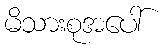
မိသားစုအပေါ်